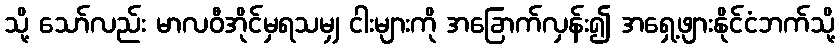
သို့ သော်လည်း မာလဝီအိုင်မှရသမျှ ငါးများကို အခြောက်လှန်း၍ အရှေ့ဖျားနိုင်ငံဘက်သို့